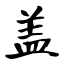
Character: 盖